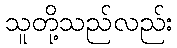
သူတို့သည်လည်း